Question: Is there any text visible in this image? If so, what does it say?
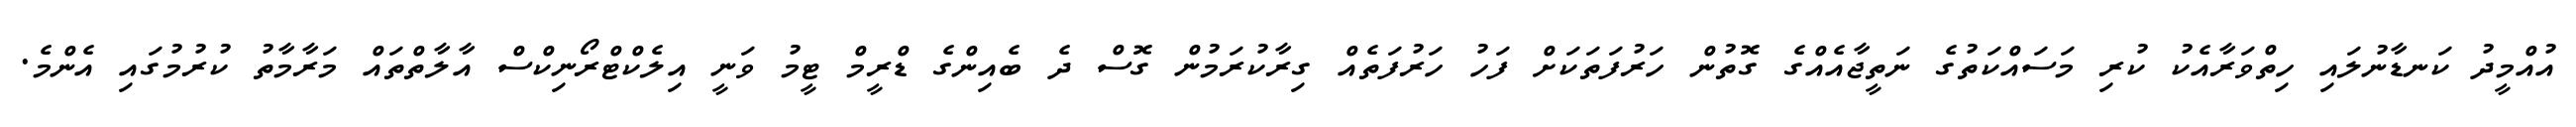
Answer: އުއްމީދު ކަނޑާނުލައި ހިތްވަރާއެކު ކުރި މަސައްކަތުގެ ނަތީޖާއެއްގެ ގޮތުން ހަރުފަތަކަށް ފަހު ހަރުފަތެއް ގިރާކުރަމުން ގޮސް ދެ ބެއިންގެ ޑްރީމް ޓީމު ވަނީ އިލެކްޓްރޯނިކްސް އާލާތްތައް މަރާމާތު ކުރުމުގައި އެންމެ.